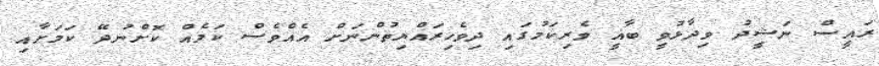
ރައީސް ނަޝީދު ވިދާޅުވީ ބާޣީ ވެރިކަމުގައި ދިވެހިރައްޔިތުންނަށް އެއްވެސް ކަމެއް ކޮށްނުދޭ ކަމަށާއި